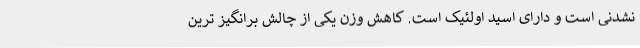
نشدنی است و دارای اسید اولئیک است. کاهش وزن یکی از چالش برانگیز ترین